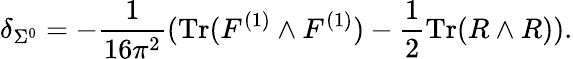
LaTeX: \delta_{\Sigma^{0}}=-\frac{1}{16\pi^{2}}(\mathrm{Tr}(F^{(1)}\wedge F^{(1)})-\frac{1}{2}\mathrm{Tr}(R\wedge R)).